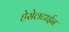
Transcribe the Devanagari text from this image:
हेसेलटाईन